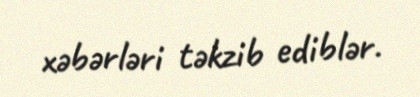
xəbərləri təkzib ediblər.